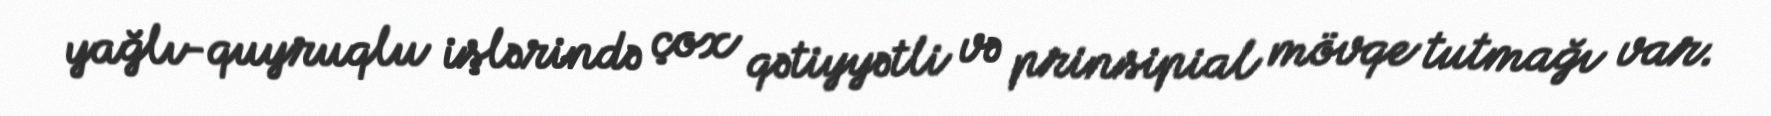
yağlı-quyruqlu işlərində çox qətiyyətli və prinsipial mövqe tutmağı var.